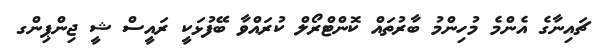
ޗައިނާގެ އެންމެ މުހިންމު ބާރުތައް ކޮންޓްރޯލް ކުރައްވާ ބޭފުޅަކީ ރައީސް ޝީ ޖިންޕިންގ